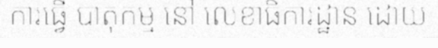
ការធ្វើ បាតុកម្ម នៅ លេខាធិការដ្ឋាន ដោយ